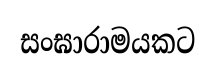
සංඝාරාමයකට